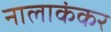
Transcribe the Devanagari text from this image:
नालाकंकर